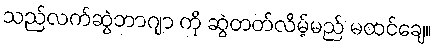
သည်လက်ဆွဲဘာဂျာ ကို ဆွဲတတ်လိမ့်မည် မထင်ချေ။